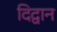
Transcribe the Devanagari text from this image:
दिद्वान